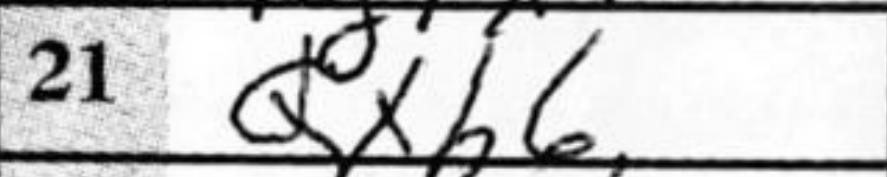
Transcription: Qxh6